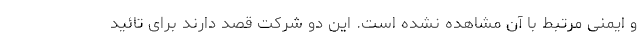
و ایمنی مرتبط با آن مشاهده نشده است. این دو شرکت قصد دارند برای تائید